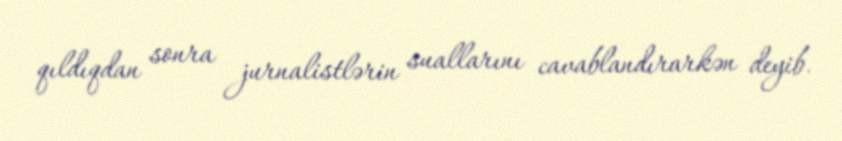
qıldıqdan sonra jurnalistlərin suallarını cavablandırarkən deyib.